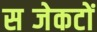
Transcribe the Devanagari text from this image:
सब्जेकटों